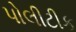
પોલીટીક